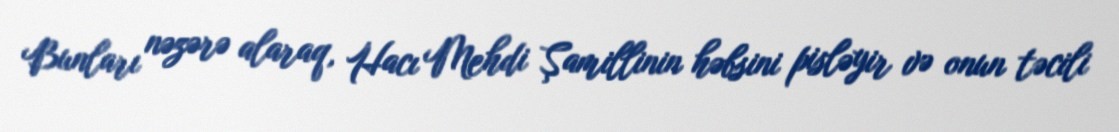
Bunları nəzərə alaraq, Hacı Mehdi Şamillinin həbsini pisləyir və onun təcili